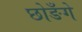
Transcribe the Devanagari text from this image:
छोङँगे